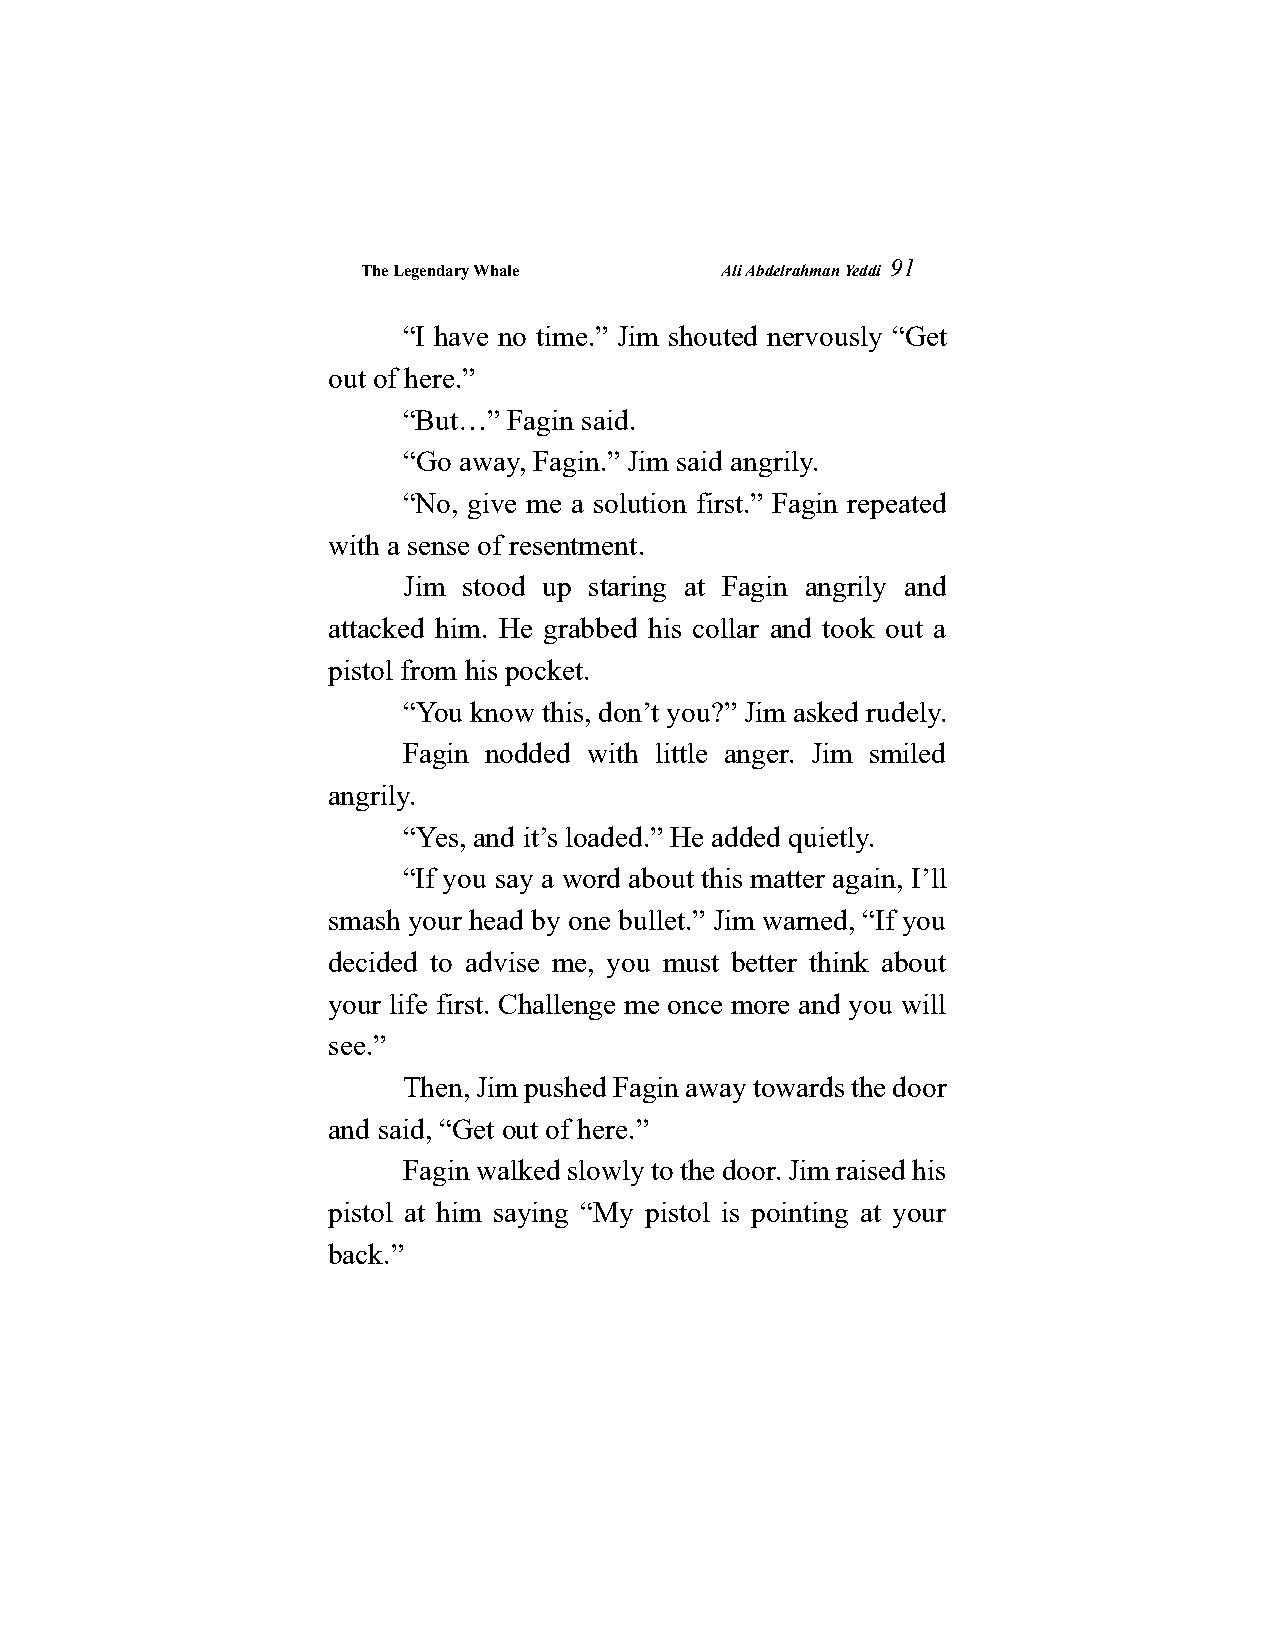
The Legendary Whale     Ali Abdelrahman Yeddi
 91
 “I have no time.” Jim shouted nervously “Get
 out of here.”
 “But…” Fagin said.
 “Go away, Fagin.” Jim said angrily.
 “No, give me a solution first.” Fagin repeated
 with a sense of resentment.
 Jim stood up staring at Fagin angrily and
 attacked him. He grabbed his collar and took out a
 pistol from his pocket.
 “You know this, don’t you?” Jim asked rudely.
 Fagin nodded with little anger. Jim smiled
 angrily.
 “Yes, and it’s loaded.” He added quietly.
 “If you say a word about this matter again, I’ll
 smash your head by one bullet.” Jim warned, “If you
 decided to advise me, you must better think about
 your life first. Challenge me once more and you will
 see.”
 Then, Jim pushed Fagin away towards the door
 and said, “Get out of here.”
 Fagin walked slowly to the door. Jim raised his
 pistol at him saying “My pistol is pointing at your
 back.”